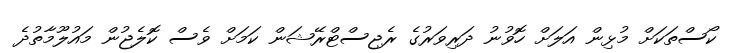
ކޯސްތަކަށް މުޅިން އަލަށް ހޮވުނު ދަރިވަރުގެ ރެޖިސްޓްރޭޝަން ކަމަށް ވެސް ކޮލެޖުން މައުލޫމާތުދެ